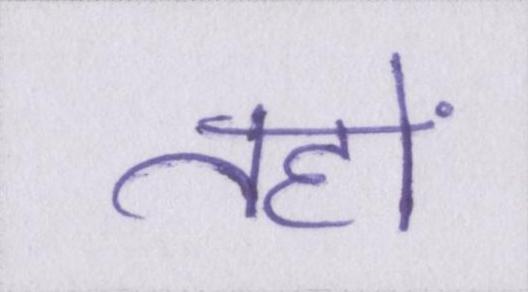
तहों